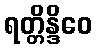
ရတ္တိန္ဒိဝေ